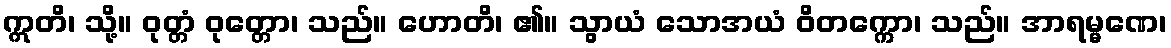
ဣတိ၊ သို့။ ဝုတ္တံ ဝုတ္တော၊ သည်။ ဟောတိ၊ ၏။ သွာယံ သောအယံ ဝိတက္ကော၊ သည်။ အာရမ္မဏေ၊